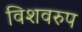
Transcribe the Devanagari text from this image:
विशवरुप